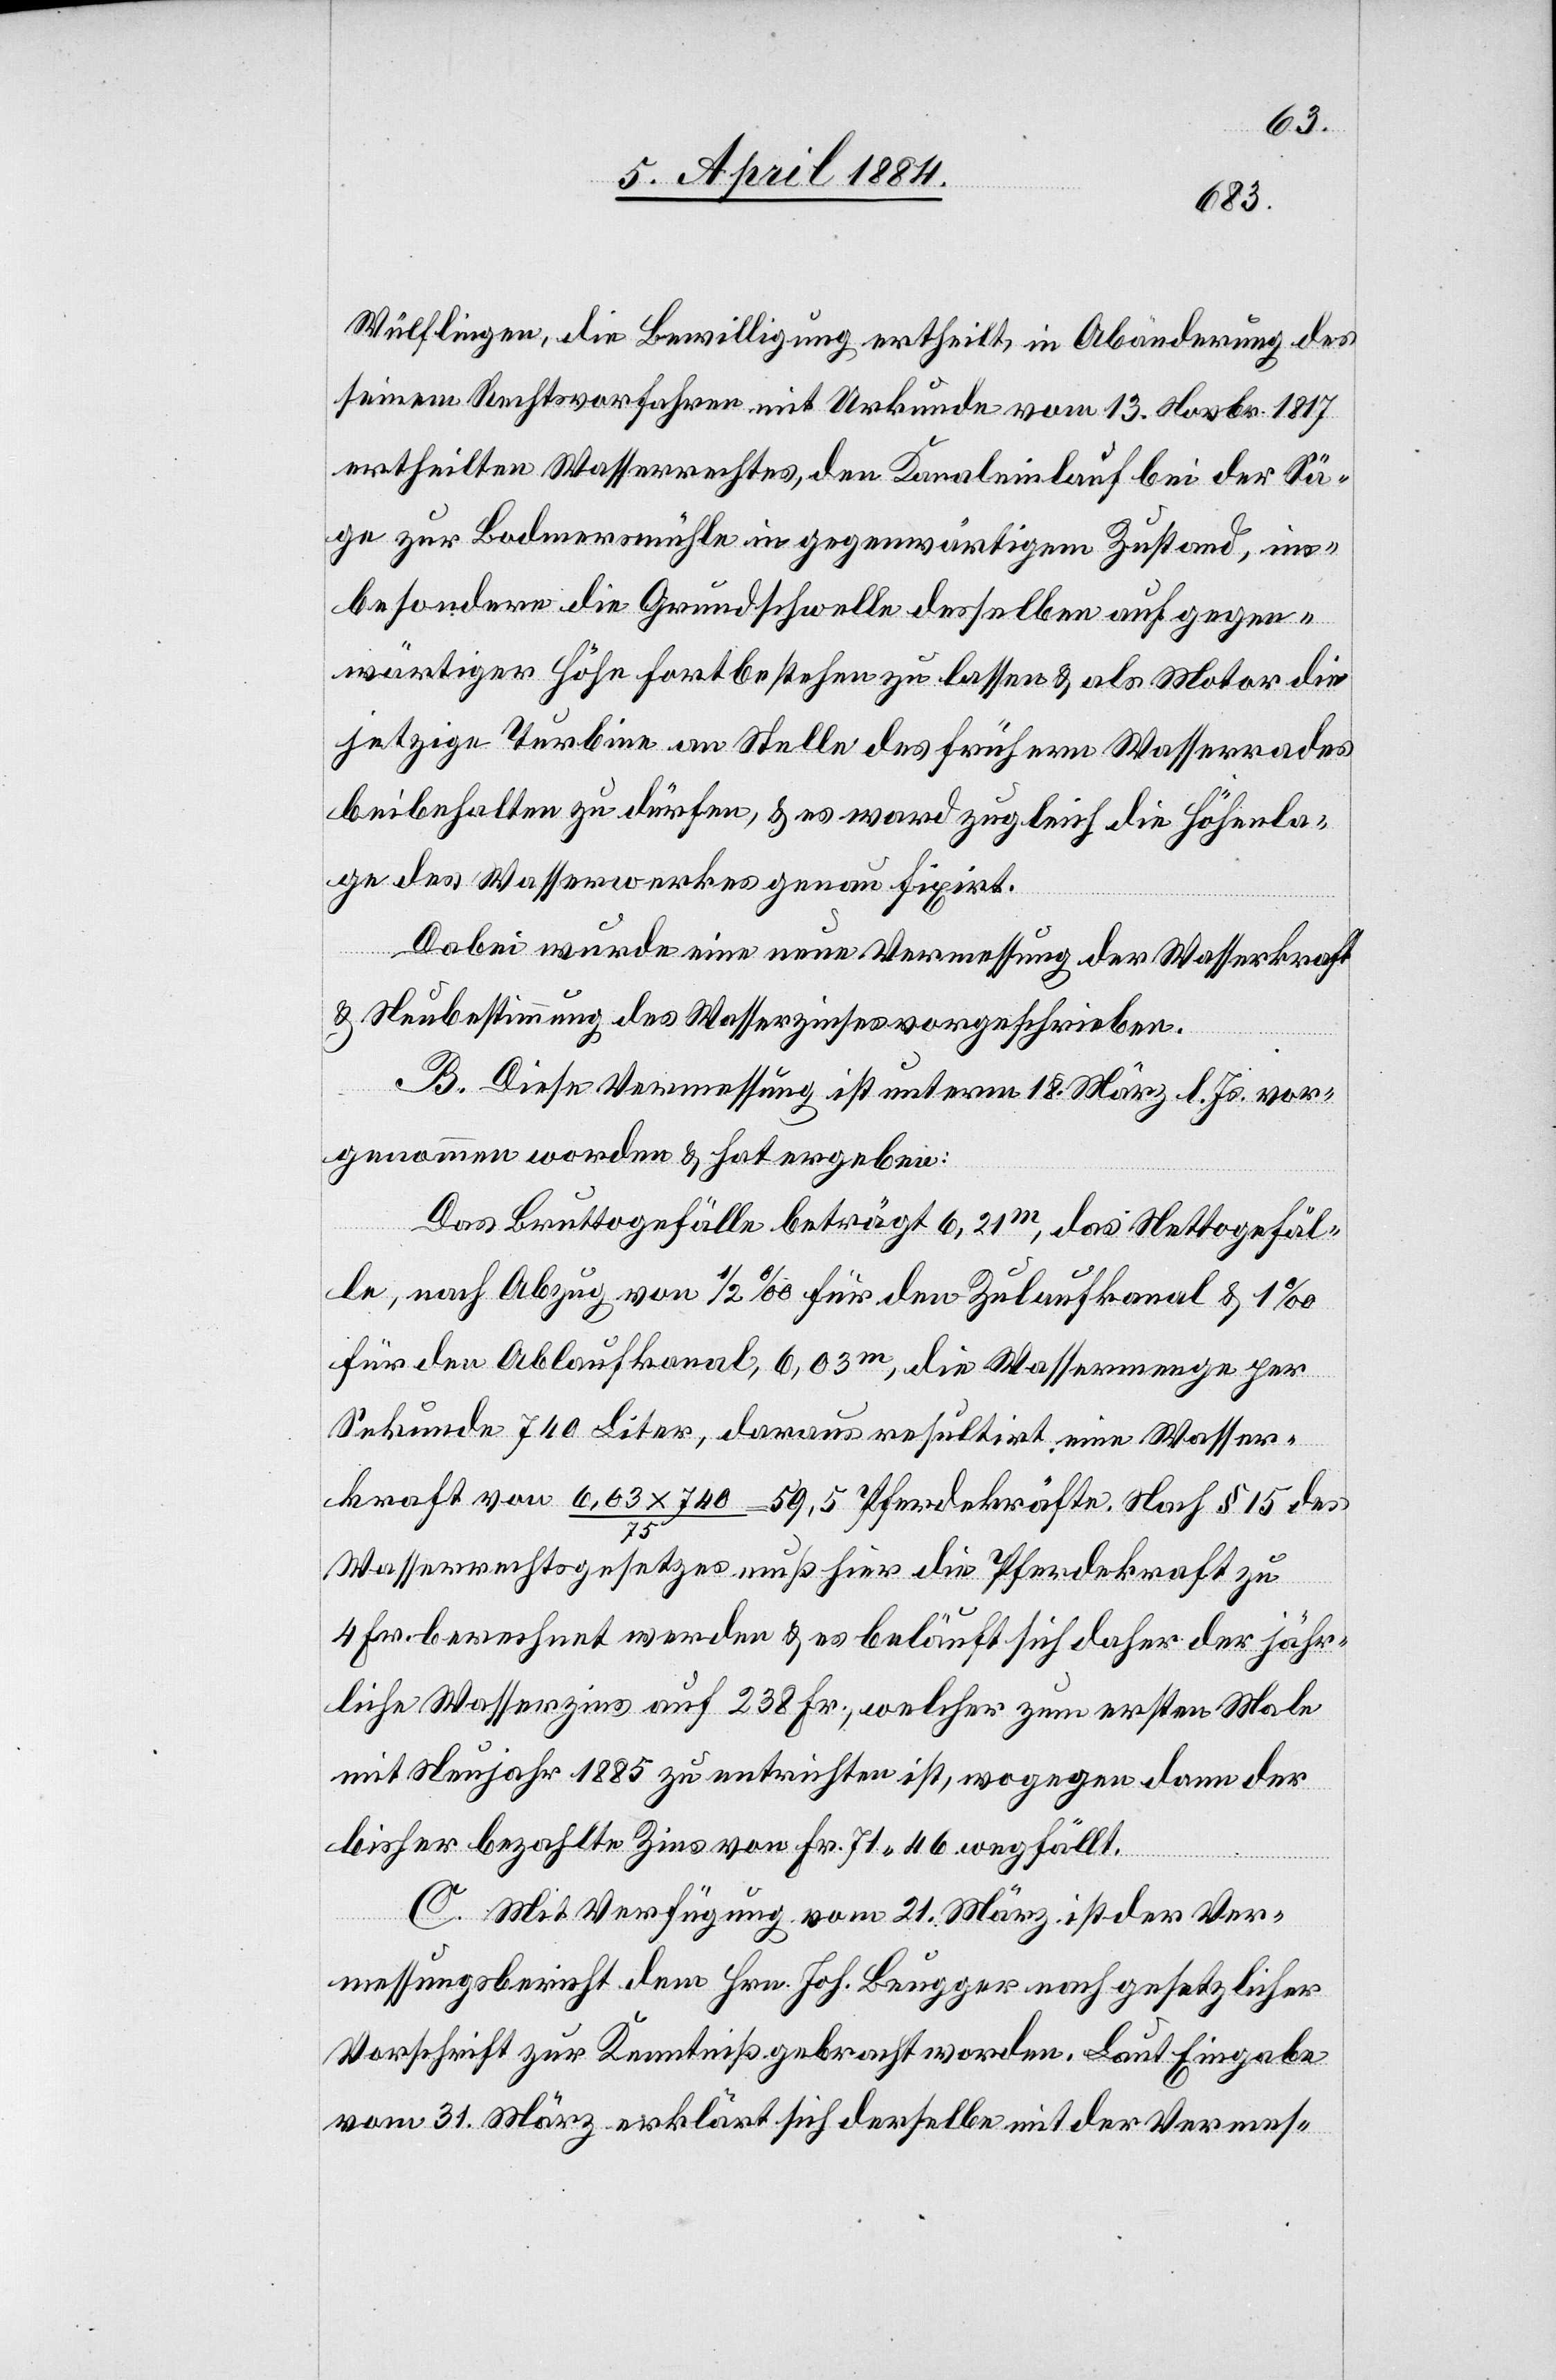
Wülflingen, die Bewilligung ertheilt, in Abänderung des
seinem Rechtsvorfahren mit Urkunde vom 13. Novbr. 1817
ertheilten Wasserrechtes, den Kanaleinlauf bei der Sä¬
ge zur Bodmersmühle in gegenwärtigem Zustand, ins¬
besondere die Grundschwelle desselben auf gegen¬
wärtiger Höhe fortbestehen zu lassen & als Motor die
jetzige Turbine an Stelle des frühern Wasserrades
beibehalten zu dürfen, & es ward zugleich die Höhenla¬
ge des Wasserwerkes genau fixirt.
Dabei wurde eine neue Vermessung der Wasserkraft
& Neubestimmung des Wasserzinses vorgeschrieben.
B. Diese Vermessung ist unterm 18. März l. Js. vor¬
genommen worden & hat ergeben:
Das Bruttogefälle beträgt 6,21m, das Nettogefäl¬
le, nach Abzug von 1/2‰ für den Zulaufkanal & 1‰
für den Ablaufkanal, 6,03m, die Wassermenge per
Sekunde 740 Liter, daraus resultirt eine Wasser¬
kraft von 6,03 x 740/75 = 59,5 Pferdekräfte. Nach § 15 des
Wasserrechtsgesetzes, muß hier die Pferdekraft zu
4 Fr. berechnet werden & es beläuft sich daher der jähr¬
liche Wasserzins auf 238 Fr., welcher zum ersten Male
mit Neujahr 1885 zu entrichten ist, wogegen dann der
bisher bezahlte Zins von Fr. 71 46 wegfällt.
C. Mit Verfügung vom 21. März ist der Ver¬
messungsbericht dem Hrn. Joh. Beugger nach gesetzlicher
Vorschrift zur Kenntniß gebracht worden. Laut Eingabe
vom 31. März erklärt sich derselbe mit der Vermes-